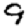
Digit: 9